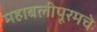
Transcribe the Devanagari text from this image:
महाबलीपूरमचे